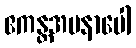
ဧကန္တအမနာပေါ